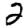
Digit: 2